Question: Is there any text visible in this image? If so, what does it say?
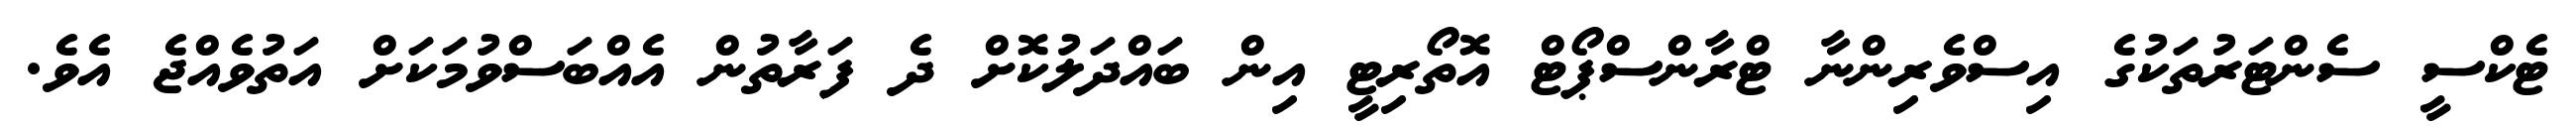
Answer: ޓެކްސީ ސެންޓަރުތަކުގެ އިސްވެރިންނާ ޓްރާންސްޕޯޓް އޮތޯރިޓީ އިން ބައްދަލުކޮށް ދެ ފަރާތުން އެއްބަސްވުމަކަށް އަތުވެއްޖެ އެވެ.